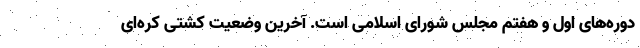
دوره‌های اول و هفتم مجلس شورای اسلامی ‌است. آخرین وضعیت کشتى کره‌ای